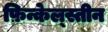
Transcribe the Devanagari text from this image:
फ़िन्केल्स्तीन